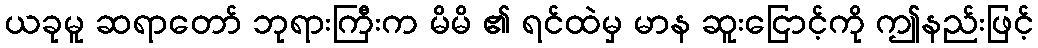
ယခုမူ ဆရာတော် ဘုရားကြီးက မိမိ ၏ ရင်ထဲမှ မာန ဆူးငြောင့်ကို ဤနည်းဖြင့်